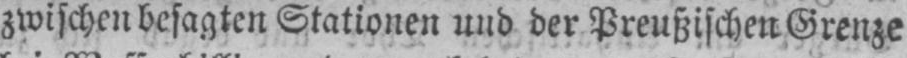
zwischen besagten Stationen und der Preußischen Grenze